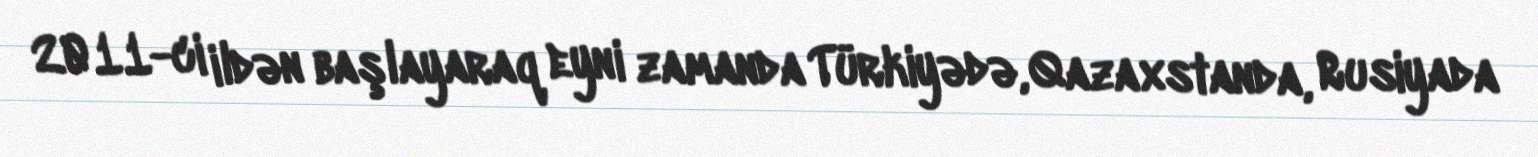
2011-ci ildən başlayaraq eyni zamanda Türkiyədə, Qazaxstanda, Rusiyada